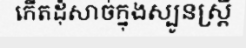
កើតដុំសាច់ក្នុងស្បូនស្ត្រី